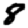
Digit: 8